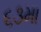
૬૩મા